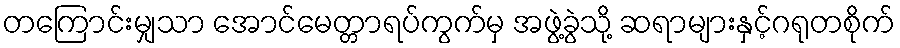
တကြောင်းမျှသာ အောင်မေတ္တာရပ်ကွက်မှ အဖွဲ့ခွဲသို့ ဆရာများနှင့်ဂရုတစိုက်